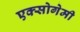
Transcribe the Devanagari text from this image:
एक्सोगेमी